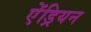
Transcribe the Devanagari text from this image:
ऐंड्रियन